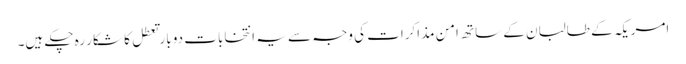
امریکہ کے طالبان کے ساتھ امن مذاکرات کی وجہ سے یہ انتخابات دو بار تعطل کا شکار رہ چکے ہیں۔